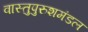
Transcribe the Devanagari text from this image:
वास्तुपुरुशमंडल